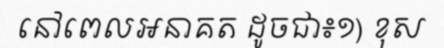
នៅពេលអនាគត ដូចជា៖១) ខុស